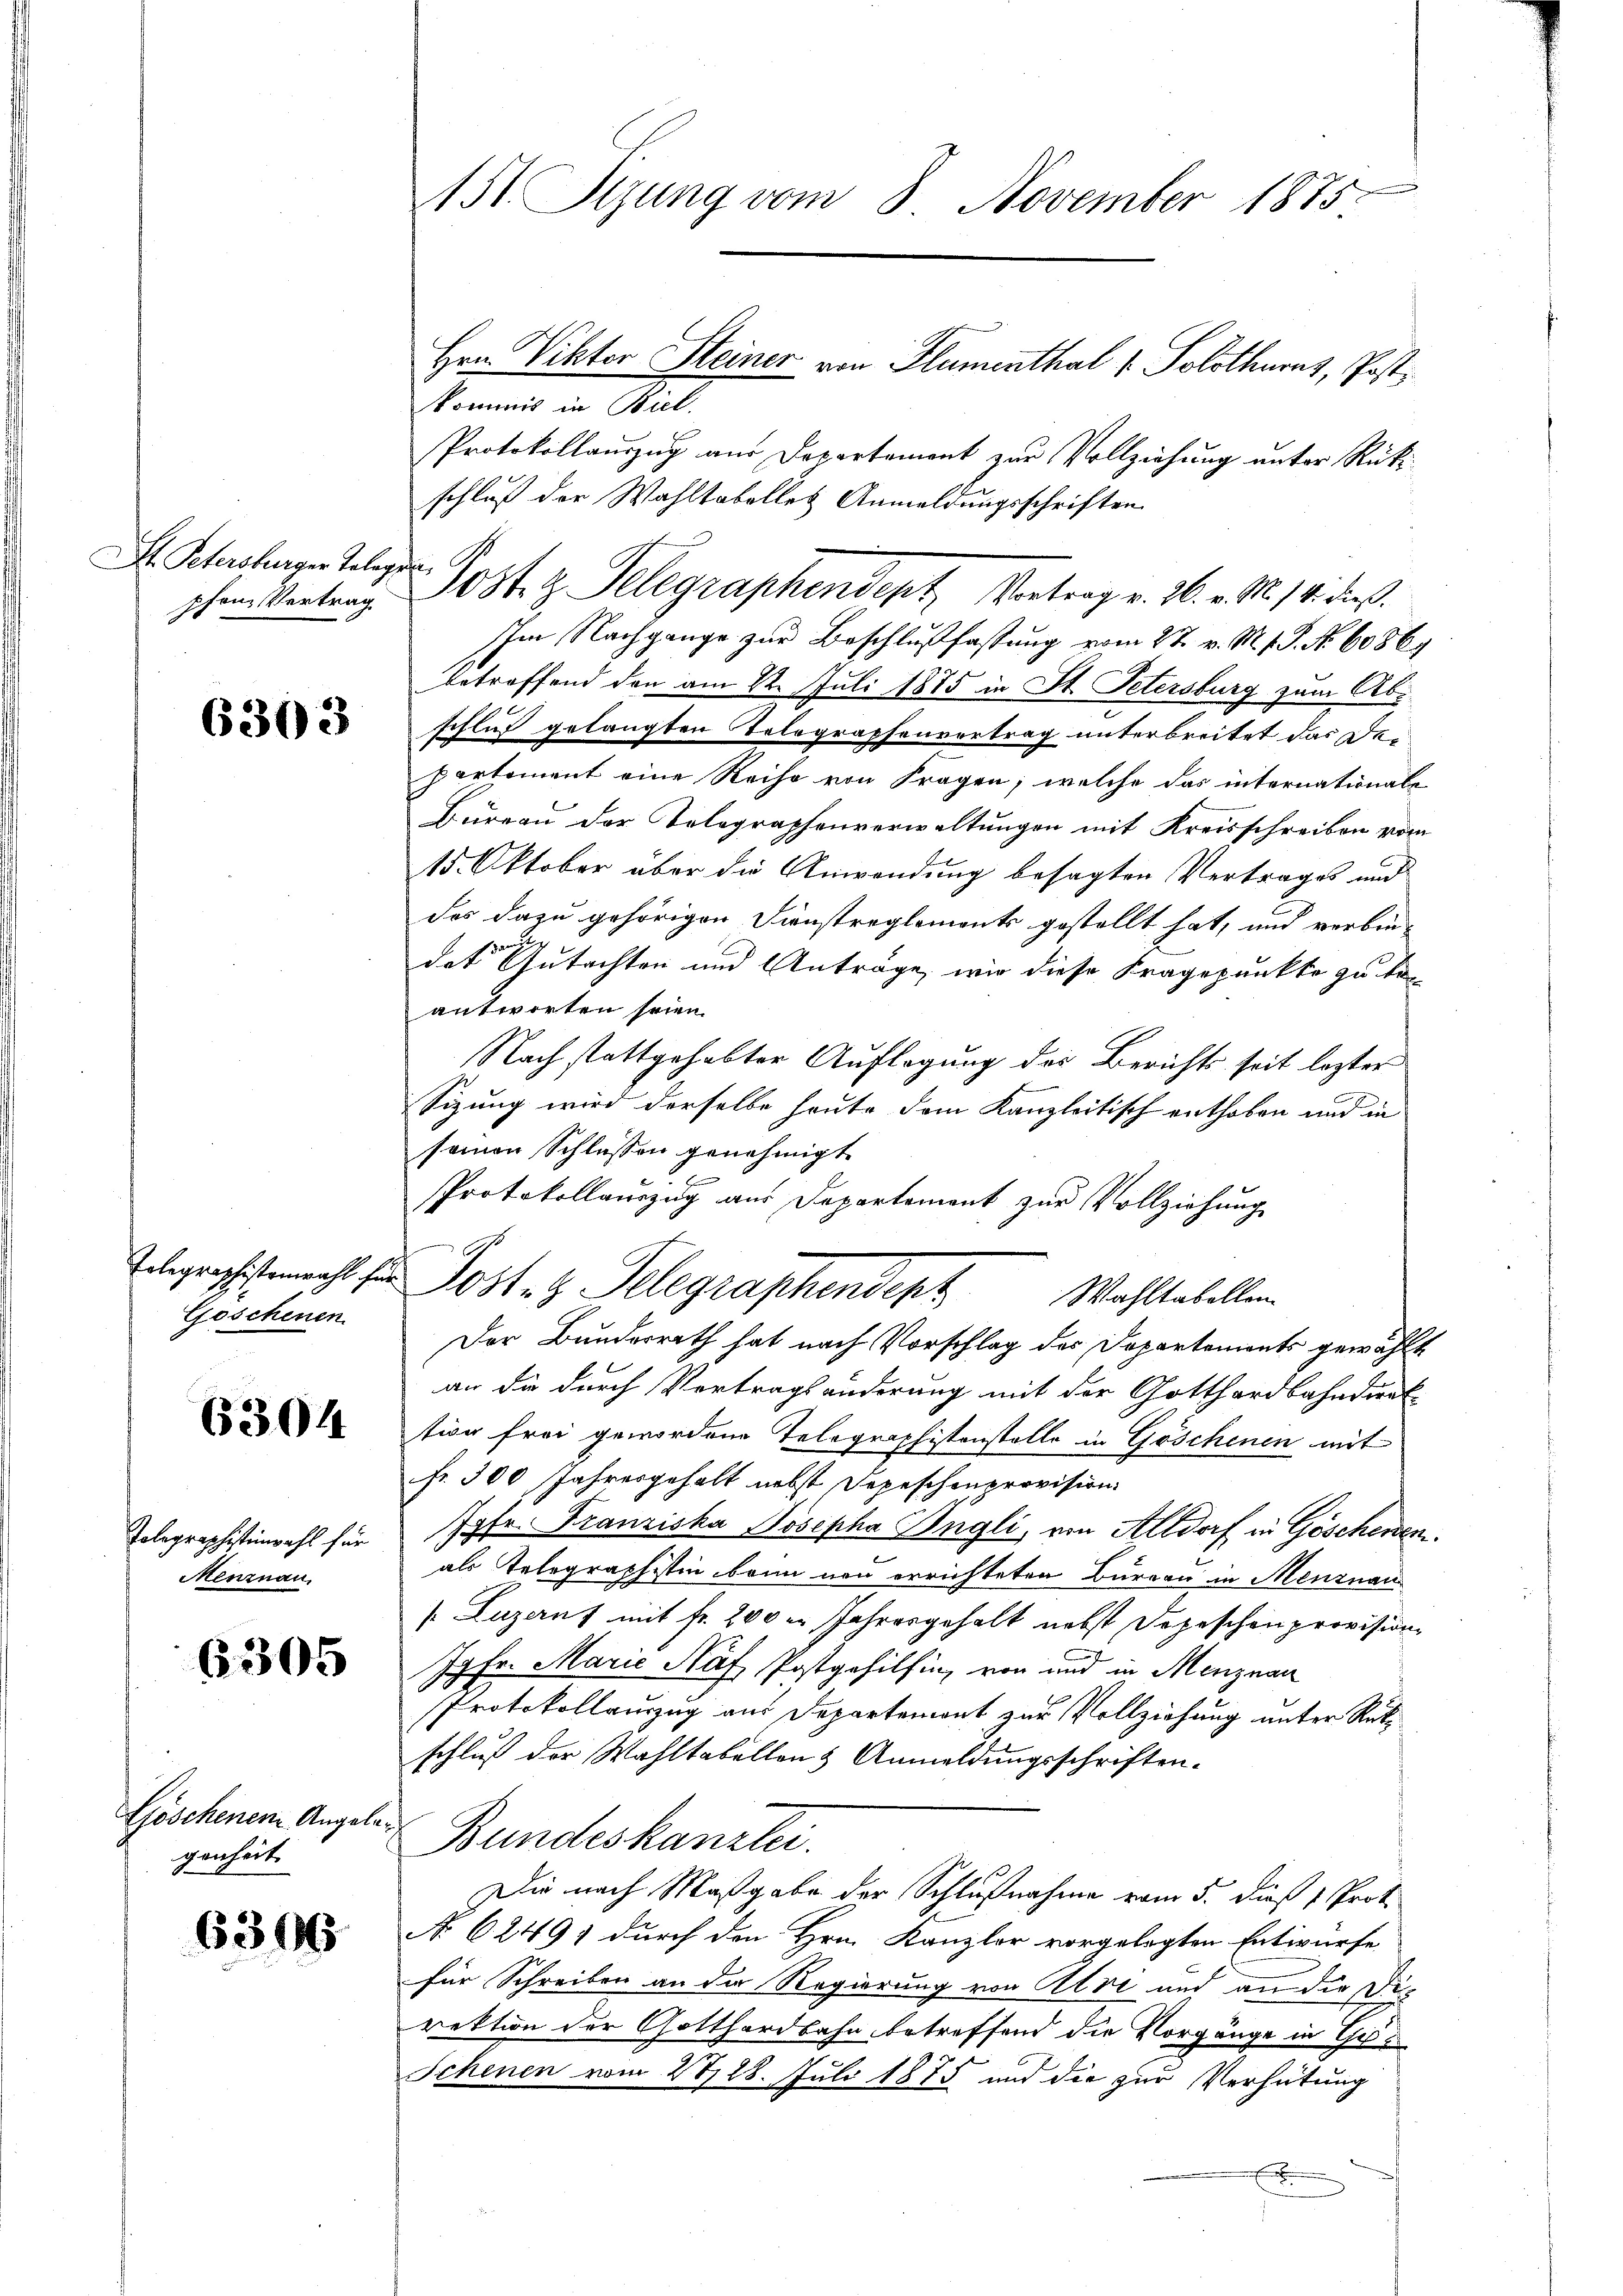
St. Petersburger Teleg
pfene Vertrag

6303

Telegraphistenwahl f
Goschenen

6304.

Tolegraphistinzahl für
Menznau.

6305

Göschenen Angelagenheit

6300

151 Sizung vom 8. November 1875.
Hrn. Viktor Steiner von Flumenthal v. Solothuras, Post¬

kommis in Biel.
Protokollauszug aus Departement zur Vollziehung unter Rückschluß der Wahltobellet Anmeldungsschriften
Im Nachgange zur Beschlußfassung vom 27. v. M. v. J. No. 60864
betreffend den am 22. Juli 1875 in St. Petersburg zum Abischluß gelangten Telegraphenvertrag unterbreitet das Departement eine Reihe von Fragen, welche das internationale
Bureau der Telegraphenverwaltungen mit Kreisschreiben vom
15. Oktober aber die Anwendung besagten Vertrages und
das dazu gehörigen Finstreglements gestellt hat, und verbin-
dat Gutachten und Anträge, wir diese Fragepunkte zu be-
antworten seien.
Nach stattgehabter Auflagung des Berichts seit lezter
Sizung wird derselbe heute dem Kanzleitisch enthoben und in
seinen Schlassen genehmigt.
Protokollanzug aus Departement zur Vollziehung
Posten Pelegraphendert Wahltabellen
Der Bunderrath hat nach Vorschlag des Departements gewählt.
an die durch Vertragsänderung mit der Gotthardbahndirt
tion frei gewordene Telegraphistonstelle in Göschenen mit
fr. 300 Jahresgehalt nebst Depeschenprovision
Jgfr. Franziska Josepha Engli, von Altdorf in Göschenen
als Telegraphistin bann non errichteten Bureau in Menznau
(Luzerns mit fr. 200 er Jahresgehalt nebst Depeschen provision
77 Fr. Marie Haf Postgehilfing von und in Menznau
Protokollauszug aus Departemont zur Vollziehung unter Rükschluß der Wahltabellons Anmeldungsschriften-
Bundeskanzlei.
Die nach Maßgabe der Schlußnahme vom 5. dieß 1 Prot
No 6249 durch den Hrn. Kanzler vorgelegten Entwurfe
für Schreiben an die Regierung von Atri und an die Di-
rektion der Gotthardbahn, betreffend die Vorgänge in Gelt
Schenen vom 27, 28. Juli 1875 und die zur Verhütung
x

erfen,
Post. g. Telegraphendent, Vortrag v. 26. v. M. 18. dies